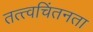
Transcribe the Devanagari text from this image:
तत्त्वचिंतनता